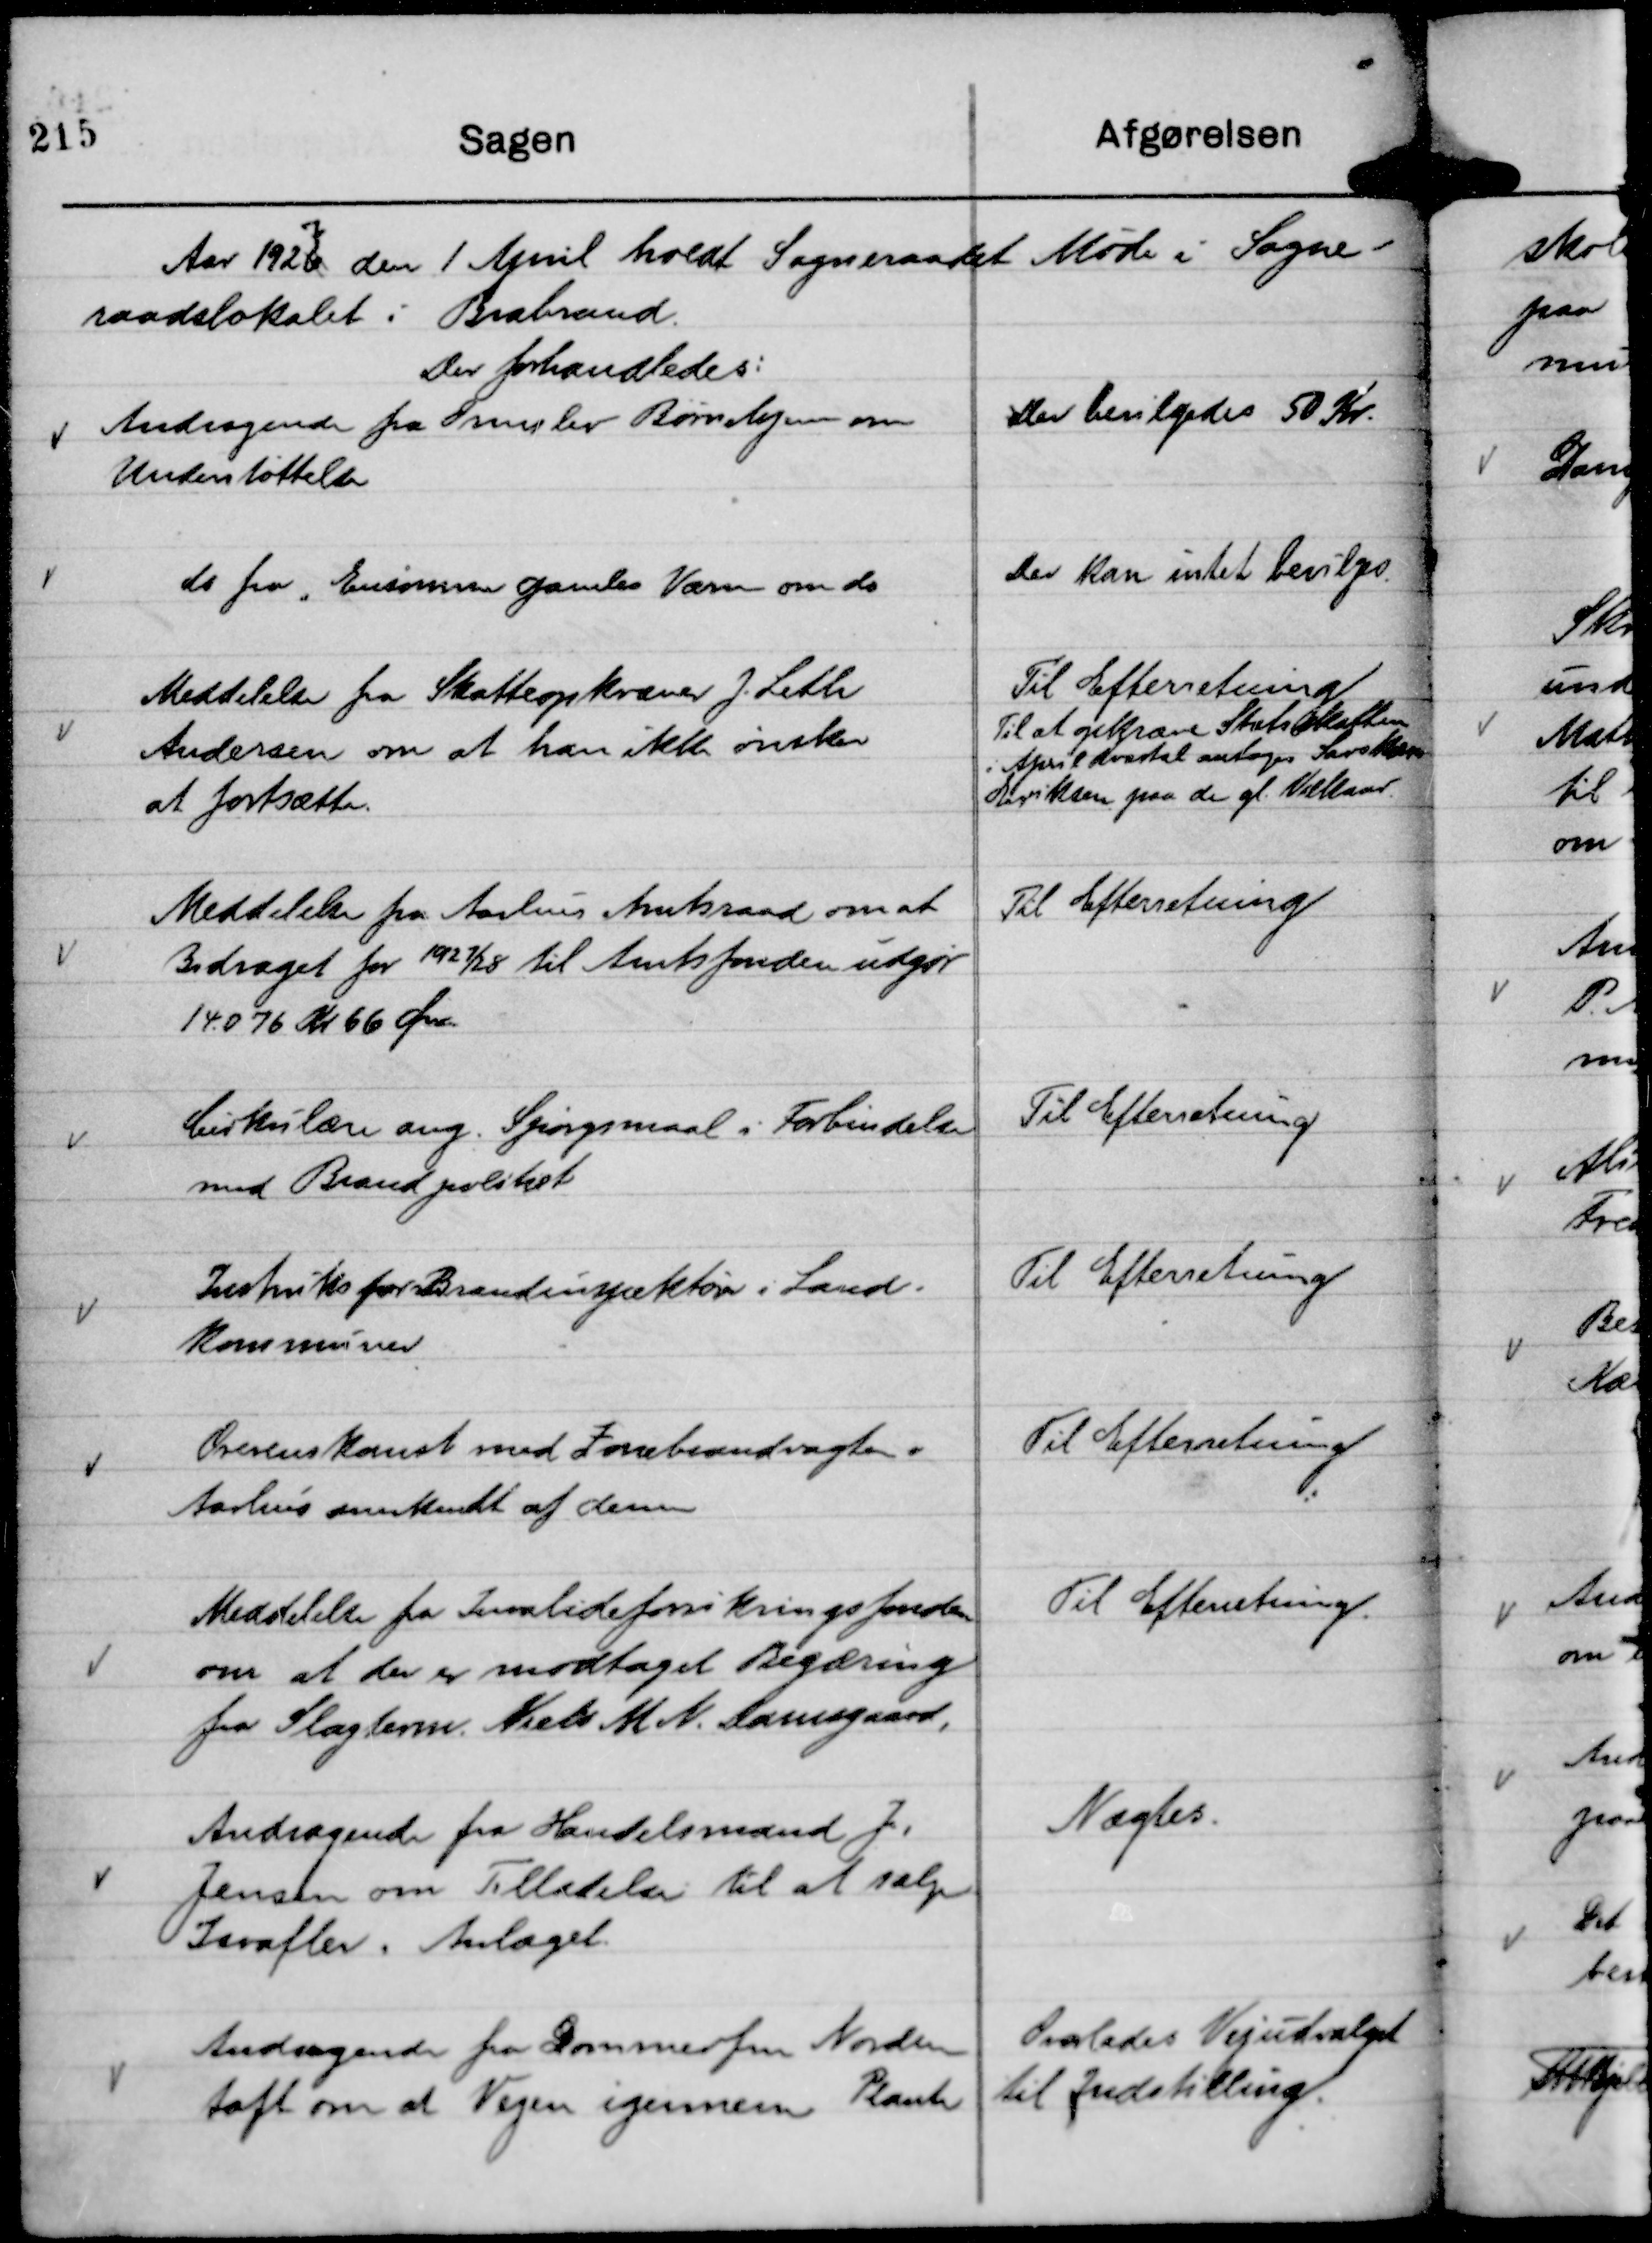
Transskription:
Aar 19267

den 1 April holdt Sogneraadet Møde i Sogne-
raadslokalet i Brabrand.
Der forhandledes:

Andragende fra Ormslev Børnehjem om
Understøttelse

Der bevilgedes 50 Kr.

do fra "Ensomme gamles Værn om do

Der kan intet bevilges.

Meddelelse fra Skatteopkræver J. Leth
Andersen om at han ikke ønsker
at fortsætte.

Til Efterretning
Til at opkræve Statsskatten
i April Kvartal antoges Savskærer
Eriksen paa de gl. Vilkaar.

Meddelelse fra Aarhus Amtsraad om at
Bidraget for 1927/28 til Amtsfonden udgør
14.076 Kr 66 Øre

Til Efterretning

Cirkulære ang. Spørgsmaal i Forbindelse
med Brandpolitiet

Til Efterretning

Instruks for Brandinspektører i Land-
kommuner

Til Efterretning

Overenskomst med Zonebrandvagten i
Aarhus anerkendt af denne

Til Efterretning

Meddelelse fra Invalideforsikringsfonden
om at der er modtaget Begæring
fra Slagterm. Niels M N. Damsgaard,

Til Efterretning.

Andragende fra Handelsmand J.
Jensen om Tilladelse til at sælge
Isvafler i Anlæget.

Nægtes.

Andragende fra Dommerfm Norden-
toft om at Vejen igennem Plante

Overlades Vejudvalget
til Indstilling.